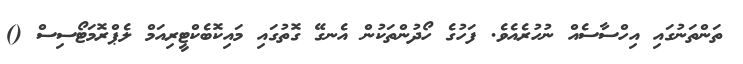
ތަންތަނުގައި އިހްސާސެއް ނުހުރެއެވެ. ފަހުގެ ހޯދުންތަކުން އެނގޭ ގޮތުގައި މައިކޮބެކްޓީރިއަމް ލެޕްރޮމަޓޯސިސް ()